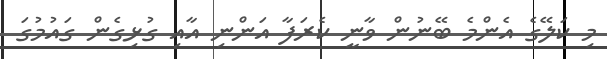
މި ކަލޭގެ އެންމެ ބޭނުން ވާނީ ކެރަފާ އަންނި އާއި ގުޅިގެން ގައުމުގަ